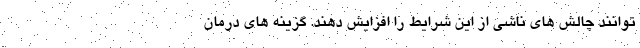
توانند چالش های ناشی از این شرایط را افزایش دهند. گزینه های درمان